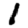
Digit: 1